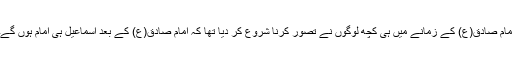
امام صادق(ع) کے زمانے میں ہی کچھ لوگوں نے تصوّر کرنا شروع کر دیا تھا کہ امام صادق(ع) کے بعد اسماعیل ہی امام ہوں گے۔